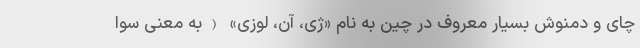
چای و دمنوش بسیار معروف در چین به نام «ژی، آن، لوزی» (به معنی سوا